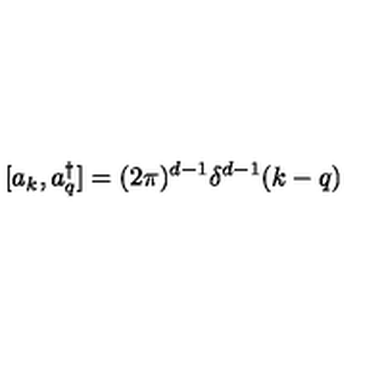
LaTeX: [ a _ { k } , a _ { q } ^ { \dagger } ] = ( 2 \pi ) ^ { d - 1 } \delta ^ { d - 1 } ( k - q )